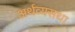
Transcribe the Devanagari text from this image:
अर्थव्यसथा